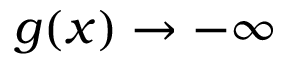
g ( x ) \rightarrow - \infty